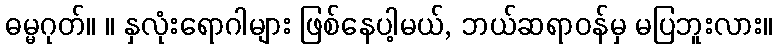
ဓမ္မဂုတ်။ ။ နှလုံးရောဂါများ ဖြစ်နေပါ့မယ်, ဘယ်ဆရာဝန်မှ မပြဘူးလား။